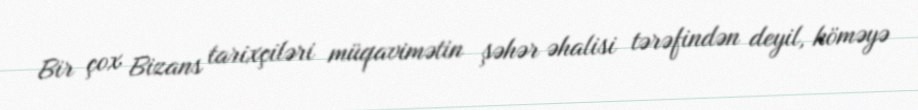
Bir çox Bizans tarixçiləri müqavimətin şəhər əhalisi tərəfindən deyil, köməyə